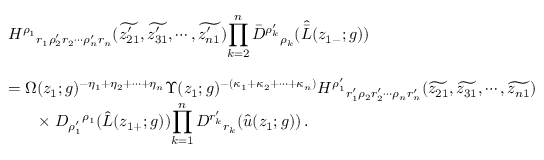
\begin{array} { l } { { { \cal H } ^ { \rho _ { 1 } } { } _ { r _ { 1 } \rho _ { 2 } ^ { \prime } r _ { 2 } \cdots \rho _ { n } ^ { \prime } r _ { n } } ( \widetilde { z _ { 2 1 } ^ { \prime } } , \widetilde { z _ { 3 1 } ^ { \prime } } , \cdots , \widetilde { z _ { n 1 } ^ { \prime } } ) \displaystyle { \prod _ { k = 2 } ^ { n } \bar { D } ^ { \rho _ { k } ^ { \prime } } { } _ { \rho _ { k } } ( \hat { \bar { L } } ( z _ { 1 - } ; g ) ) } } } \\ { { { } } } \\ { { = \Omega ( z _ { 1 } ; g ) ^ { - \eta _ { 1 } + \eta _ { 2 } + \cdots + \eta _ { n } } \Upsilon ( z _ { 1 } ; g ) ^ { - ( \kappa _ { 1 } + \kappa _ { 2 } + \cdots + \kappa _ { n } ) } { \cal H } ^ { \rho _ { 1 } ^ { \prime } } { } _ { r _ { 1 } ^ { \prime } \rho _ { 2 } r _ { 2 } ^ { \prime } \cdots \rho _ { n } r _ { n } ^ { \prime } } ( \widetilde { z _ { 2 1 } } , \widetilde { z _ { 3 1 } } , \cdots , \widetilde { z _ { n 1 } } ) } } \\ { { { } \ ~ ~ ~ ~ \times D _ { \rho _ { 1 } ^ { \prime } } { } ^ { \rho _ { 1 } } ( \hat { L } ( z _ { 1 + } ; g ) ) \displaystyle { \prod _ { k = 1 } ^ { n } D ^ { r _ { k } ^ { \prime } } { } _ { r _ { k } } ( \hat { u } ( z _ { 1 } ; g ) ) } \, . } } \end{array}